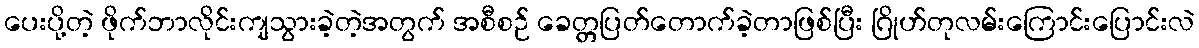
ပေးပို့တဲ့ ဖိုက်ဘာလိုင်းကျသွားခဲ့တဲ့အတွက် အစီစဉ် ခေတ္တပြတ်တောက်ခဲ့တာဖြစ်ပြီး ဂြိုဟ်တုလမ်းကြောင်းပြောင်းလဲ